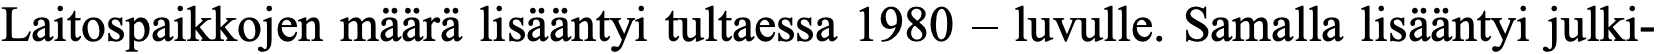
Laitospaikkojen määrä lisääntyi tultaessa 1980 – luvulle. Samalla lisääntyi julki-